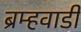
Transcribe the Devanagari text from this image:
ब्रम्हवाडी